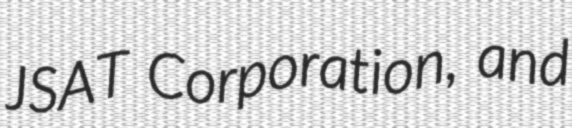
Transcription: JSAT Corporation, and